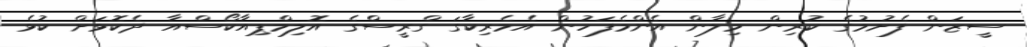
ސީޒަން ފެށުމުގެ ކުރިން މިލާން އެންމެފަހުން އެމެރިކާގަ ގްރީސްގެ އޮލިމްޕިއާކޯސްއާ ދެކޮޅަށް ކުޅެ